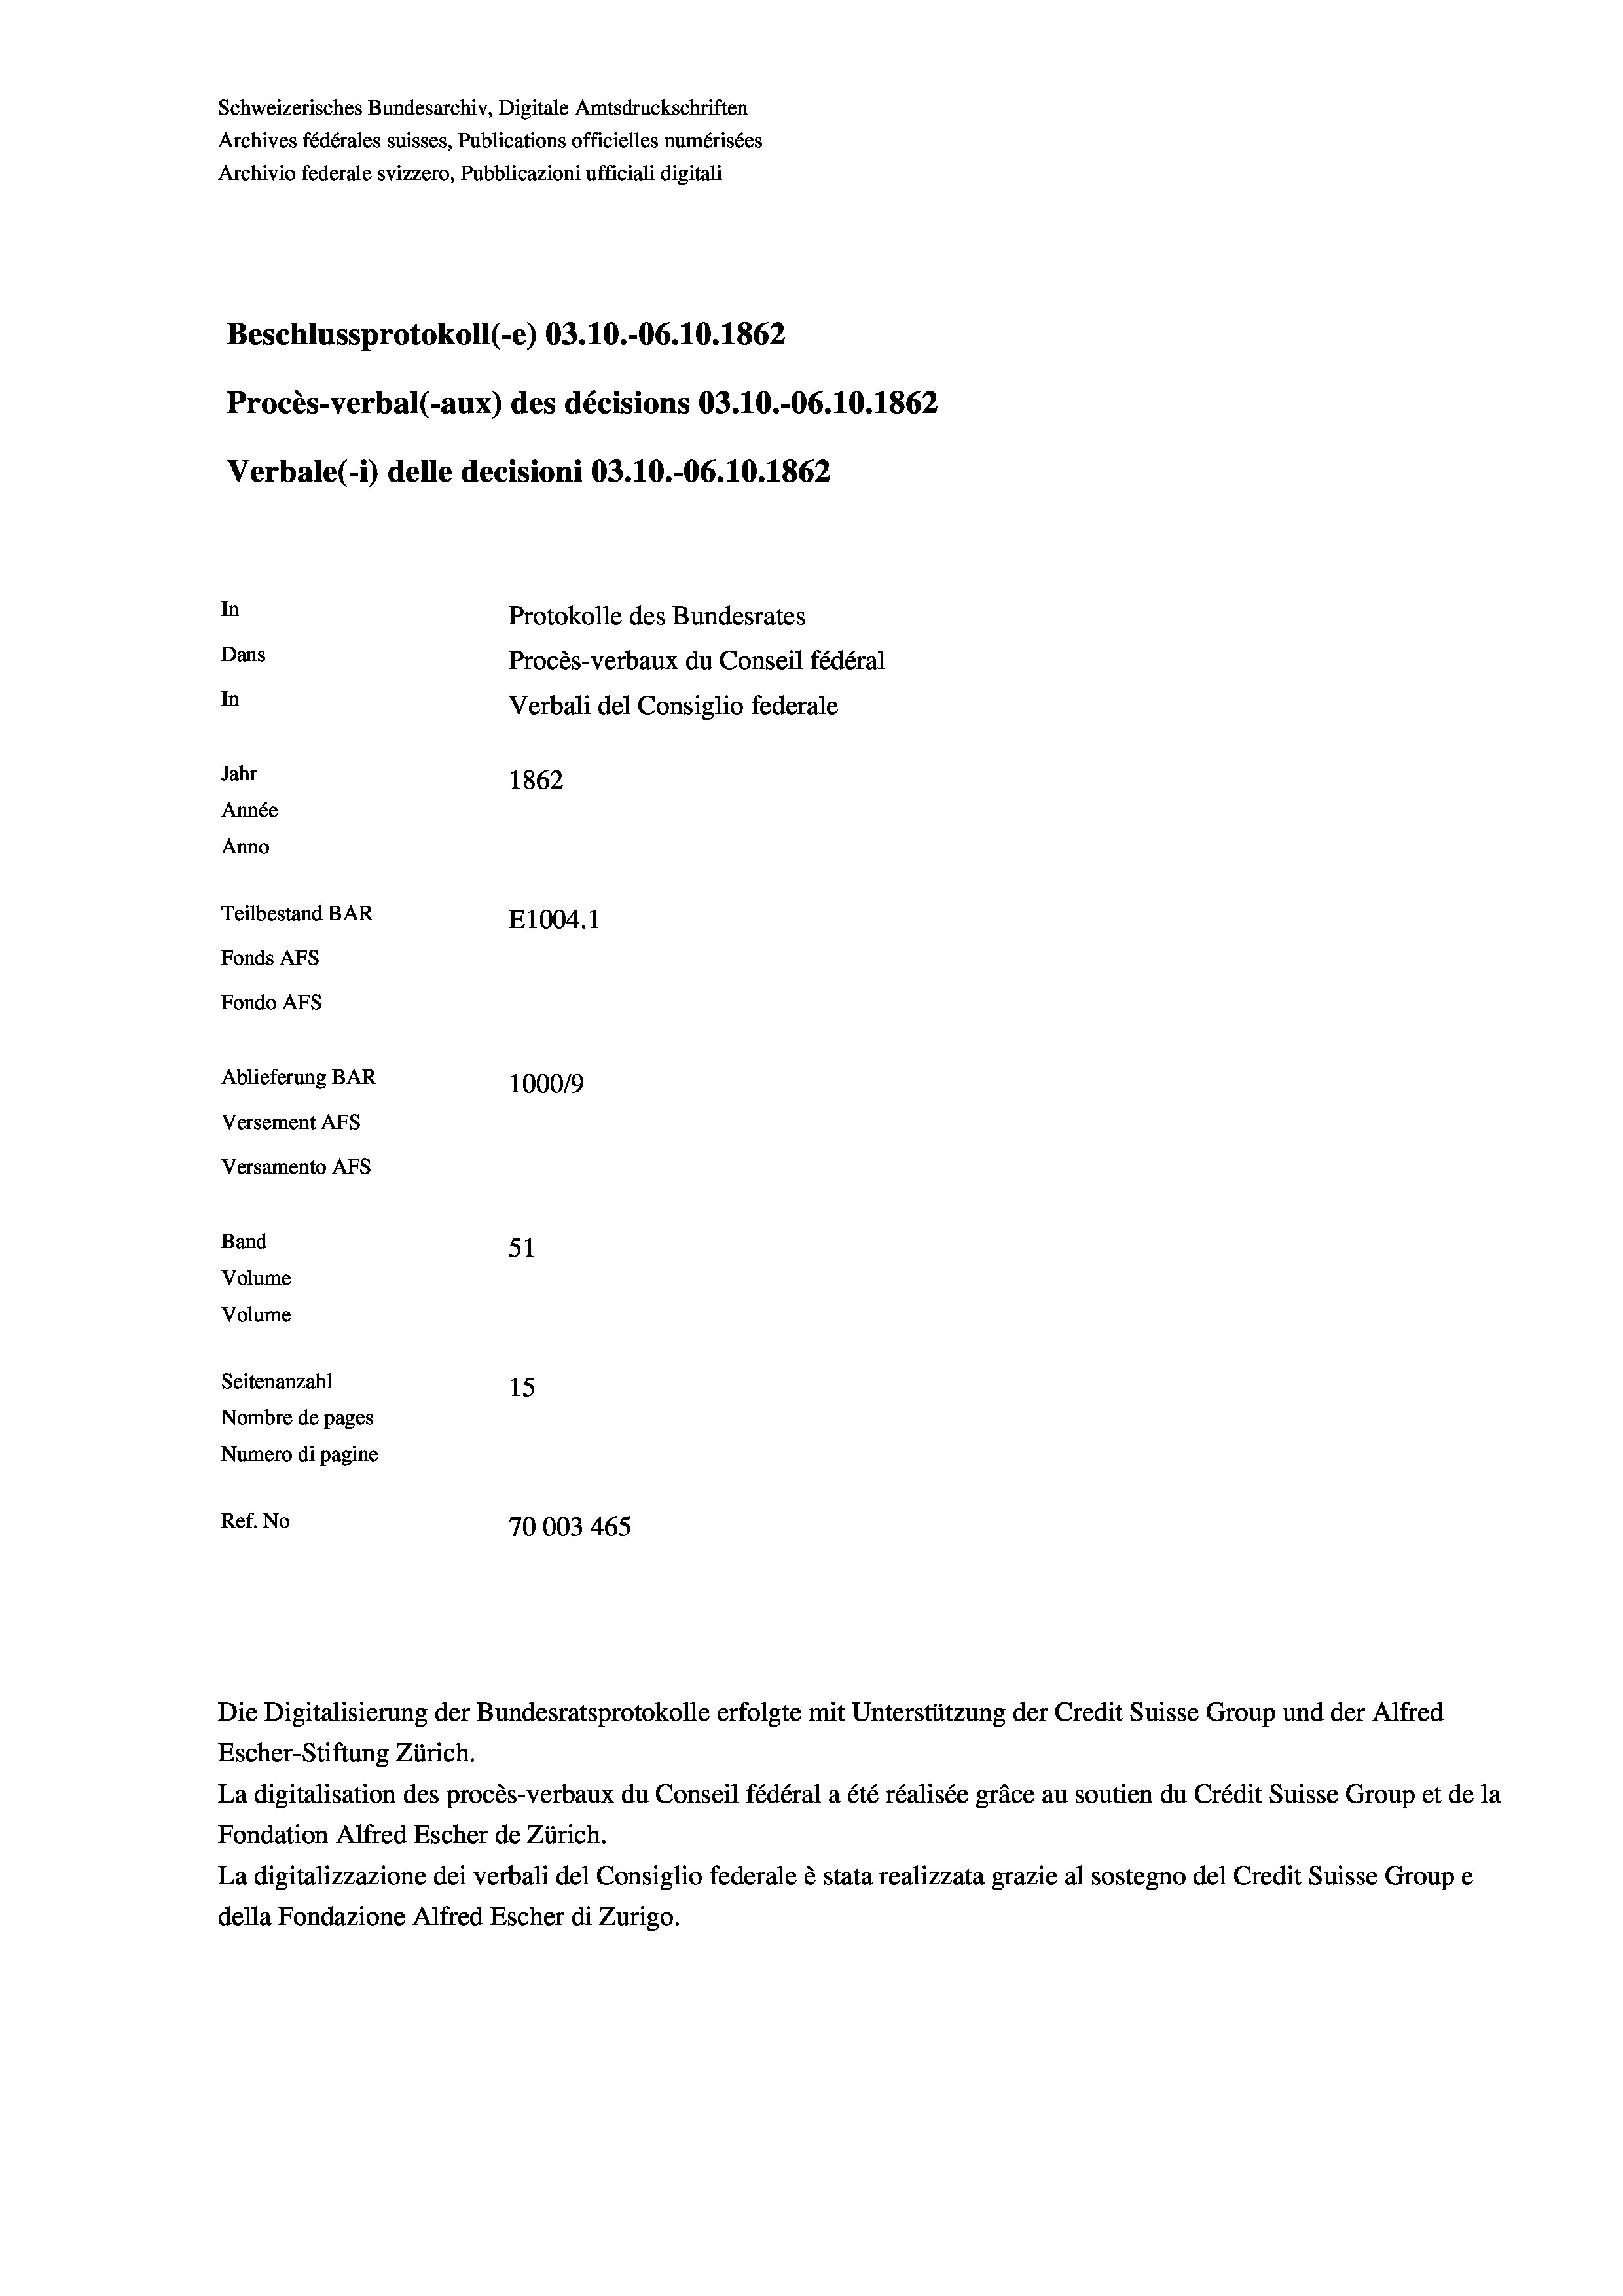
Schweizerisches Bundesarchiv, Digitale Amtsdruckschriften
Archives fédérales suisses, Publications officielles numérisées
Archivio federale svizzero, Pubblicazioni ufficiali digitali
Beschlussprotokoll (-e) 03.10.-06. 10. 1862
Procès-verbal (-aux) des décisions 03.10.-06.10.1862
Verbale (- 1) delle decisioni 03.10.-06. 10. 1862
In
Protokolle des Bundesrates
Dans
Procès-verbaux du Conseil fédéral
In
Verbali del Consiglio federale
Jahr
1862
Année
Anno
Teilbestand BAR
E1004.1
Fonds AFs
Fondo Afs
Ablieferung BAR
100019
Versement Ans
Versamento Afs
Band
51
Volume
Volume
Seitenanzahl
15
Nombre de pages
Numero di pagine
Ref. No
70003 465

Escher-Stiftung Zürich.
La digitalisation des procès-verbaux du Conseil fédéral a été réalisée gräce au soutien du Crédit Suisse Group et de la
Fondation Alfred Escher de Zürich.
La digitalizzazione dei verbali del Consiglio federale è stata realizzata grazie al sostegno del Credit Suisse Groupe
della Fondazione Alfred Escher di Zurigo.

Die Digitalisierung der Bundesratsprotokolle erfolgte mit Unterstützung der Credit Suisse Group und der Alfred